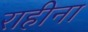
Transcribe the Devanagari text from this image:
राहीना